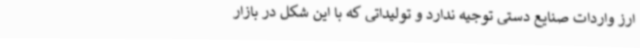
ارز واردات صنایع دستی توجیه‌ ندارد و تولیداتی که با این شکل در بازار